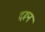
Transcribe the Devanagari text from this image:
दरून